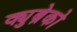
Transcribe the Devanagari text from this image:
क्युब्रेको